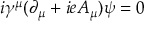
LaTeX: i { \gamma } ^ { \mu } ( { \partial } _ { \mu } + i e A _ { \mu } ) { \psi } = 0